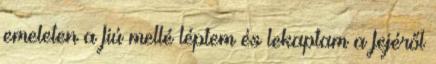
emeleten a fiú mellé léptem és lekaptam a fejéről